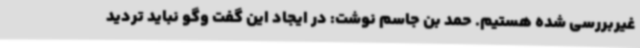
غیربررسی شده هستیم. حمد بن جاسم نوشت: در ایجاد این گفت وگو نباید تردید